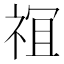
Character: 𫞵